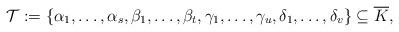
LaTeX: \begin{align*} \mathcal{T}:=\{ \alpha_1,\ldots, \alpha_s, \beta_1,\ldots, \beta_{t}, \gamma_1,\ldots, \gamma_u,\delta_1,\ldots, \delta_v\}\subseteq \overline{K},\end{align*}